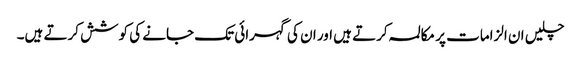
چلیں ان الزامات پر مکالمہ کرتے ہیں اور ان کی گہرائی تک جانے کی کوشش کرتے ہیں۔